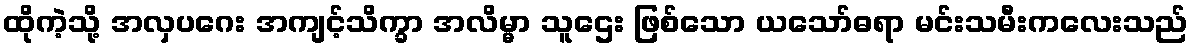
ထိုကဲ့သို့ အလှပဂေး အကျင့်သိက္ခာ အလိမ္မာ သူဌေး ဖြစ်သော ယသော်ဓရာ မင်းသမီးကလေးသည်